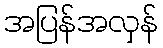
အပြန်အလှန်